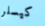
كيسلر